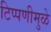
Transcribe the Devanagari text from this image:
टिप्पणीमुळे